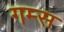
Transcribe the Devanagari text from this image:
गम्स